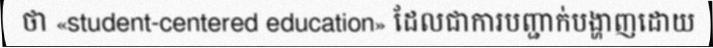
ថា «student-centered education» ដែលជាការបញ្ជាក់បង្ហាញដោយ